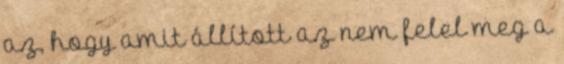
az, hogy amit állított az nem felel meg a